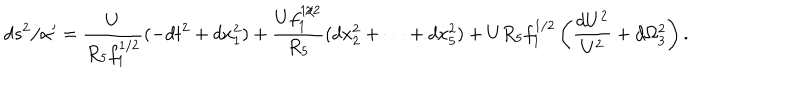
d s ^ { 2 } / \alpha ^ { \prime } = \frac { U } { R _ { 5 } f _ { 1 } ^ { 1 / 2 } } ( - d t ^ { 2 } + d x _ { 1 } ^ { 2 } ) + \frac { U f _ { 1 } ^ { 1 / 2 } } { R _ { 5 } } ( d x _ { 2 } ^ { 2 } + \cdots + d x _ { 5 } ^ { 2 } ) + U R _ { 5 } f _ { 1 } ^ { 1 / 2 } \left( \frac { d U ^ { 2 } } { U ^ { 2 } } + d \Omega _ { 3 } ^ { 2 } \right) .